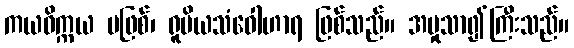
ကယဝိက္ကယ မဖြစ်၊ ရူပိယသံဝေါဟာရ ဖြစ်သည်။ အမှုသာ၍ကြီးသည်။